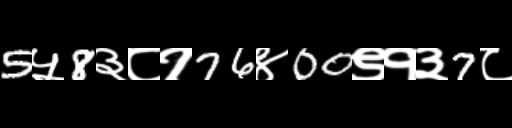
Text: 5५8३८१76४00९१३7८